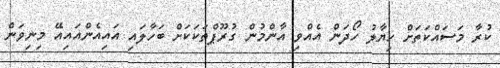
ކުރާ މަސައްކަތަށް ހިޔާލު ހޯދަން އެއްވި އާންމުން ގުރޫޕްތަކަކަށް ބަހާލައި އައިއެންއައިއޭ މިނިވަން